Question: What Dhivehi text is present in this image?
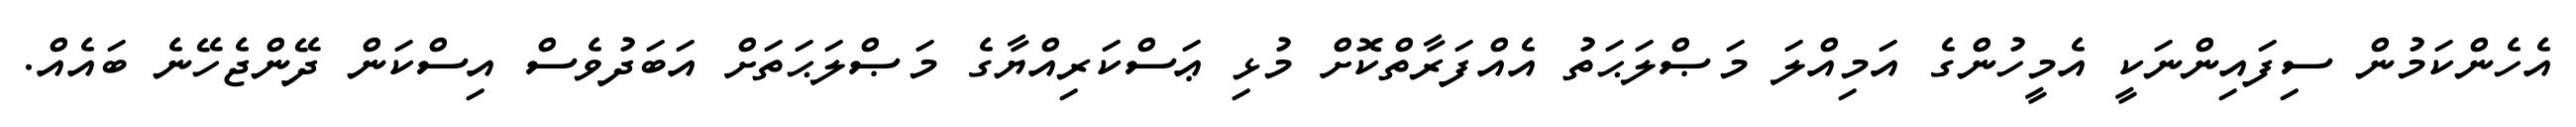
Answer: އެހެންކަމުން ސިފައިންނަކީ އެމީހުންގެ އަމިއްލަ މަޞްލަޙަތު އެއްފަރާތްކޮށް މުޅި ޢަސްކަރިއްޔާގެ މަޞްލަޙަތަށް އަބަދުވެސް އިސްކަން ދޭންޖެހޭނެ ބައެއް.